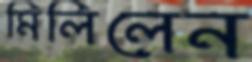
মিলিলেন